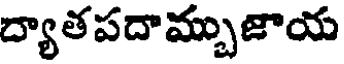
ద్యాతపదామ్బుజాయ